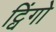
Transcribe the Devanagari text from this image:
ट्विंगो